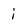
Character: i